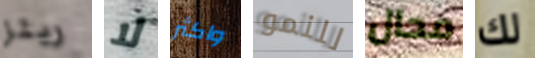
ريتز لا واكثر للنمو محال لك